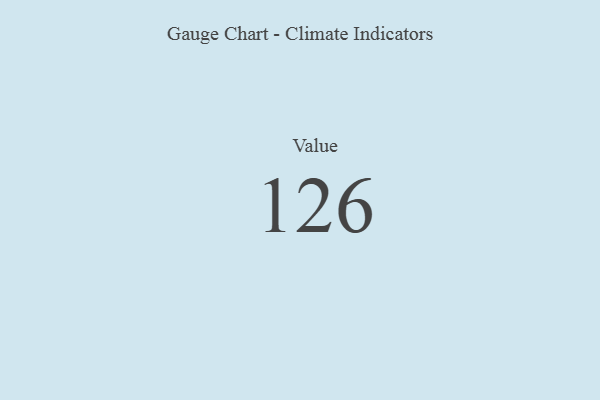
{"axis": {"x": "Metric", "y": "Value"}, "legend": [""], "data": [{"x": "Value", "y": 126, "type": ""}]}